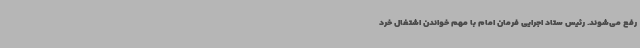
رفع می‌شوند. رئیس ستاد اجرایی فرمان امام با مهم خواندن اشتغال خرد